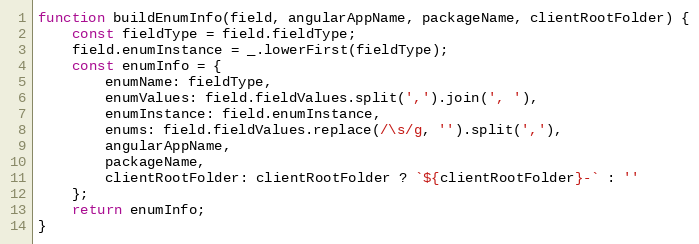
Language: JavaScript
function buildEnumInfo(field, angularAppName, packageName, clientRootFolder) {
    const fieldType = field.fieldType;
    field.enumInstance = _.lowerFirst(fieldType);
    const enumInfo = {
        enumName: fieldType,
        enumValues: field.fieldValues.split(',').join(', '),
        enumInstance: field.enumInstance,
        enums: field.fieldValues.replace(/\s/g, '').split(','),
        angularAppName,
        packageName,
        clientRootFolder: clientRootFolder ? `${clientRootFolder}-` : ''
    };
    return enumInfo;
}